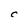
Character: C